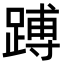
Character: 𬧅